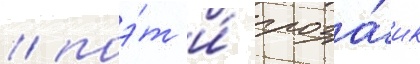
/ поэ́т и́ проза́ик